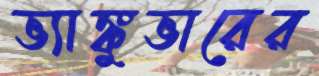
ভ্যাঙ্কুভারের